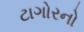
ટાગોરનો